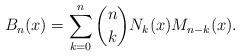
LaTeX: \begin{align*}B_n(x)=\sum_{k=0}^n\binom{n}{k}N_k(x)M_{n-k}(x).\end{align*}